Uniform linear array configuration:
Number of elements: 12
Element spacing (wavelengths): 1
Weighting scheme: uniform
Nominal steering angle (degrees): -30
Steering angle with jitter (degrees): -31.79
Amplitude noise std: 0.05
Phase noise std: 0.05

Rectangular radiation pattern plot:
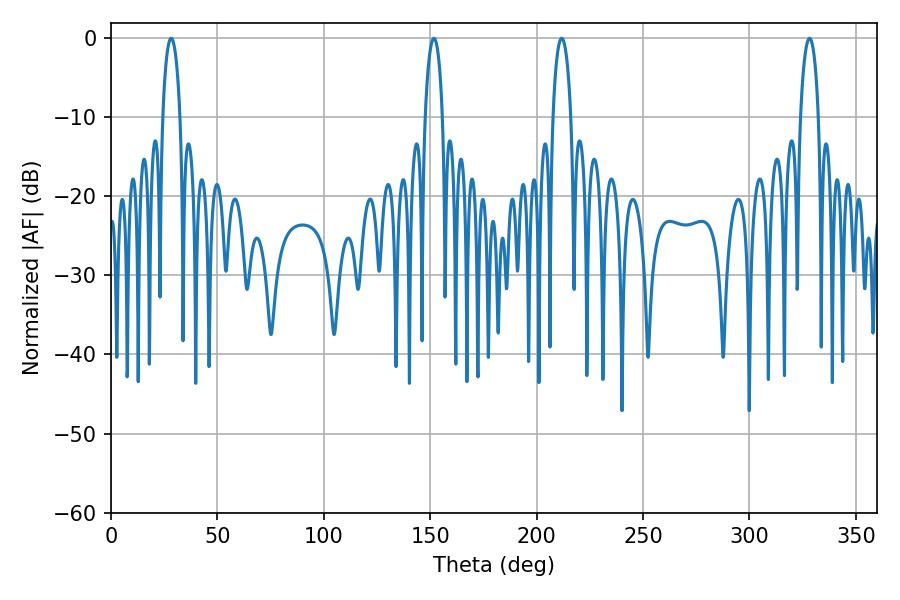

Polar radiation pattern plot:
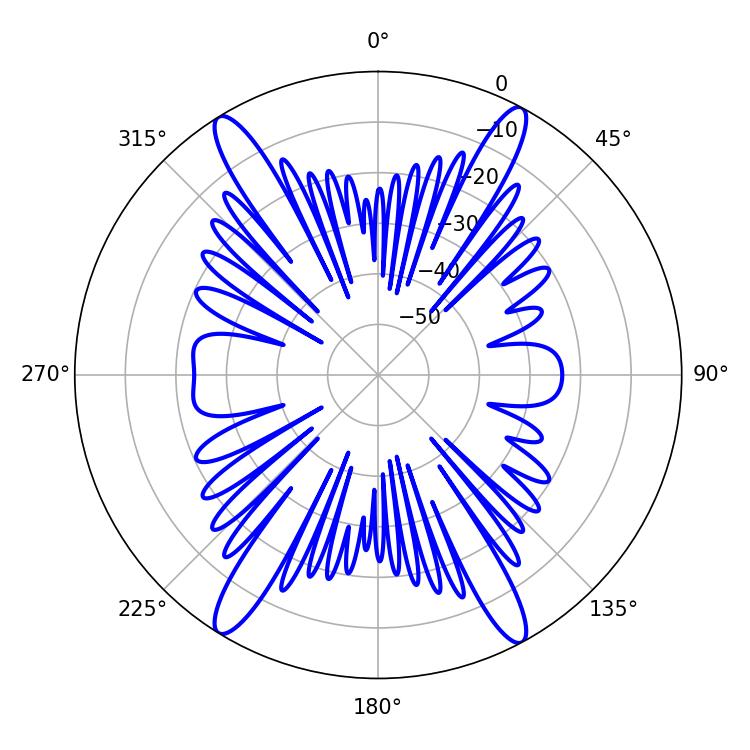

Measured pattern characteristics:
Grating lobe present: TRUE
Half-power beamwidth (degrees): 4.68
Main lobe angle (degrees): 28.26